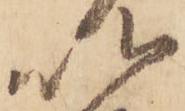
以